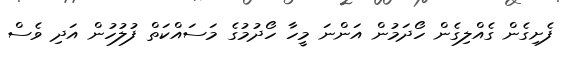
ފެށިގެން ގެއްލިގެން ހޯދަމުން އަންނަ މީހާ ހޯދުމުގެ މަސައްކަތް ފުލުހުން އަދި ވެސް